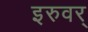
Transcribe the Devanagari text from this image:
इरुवर्